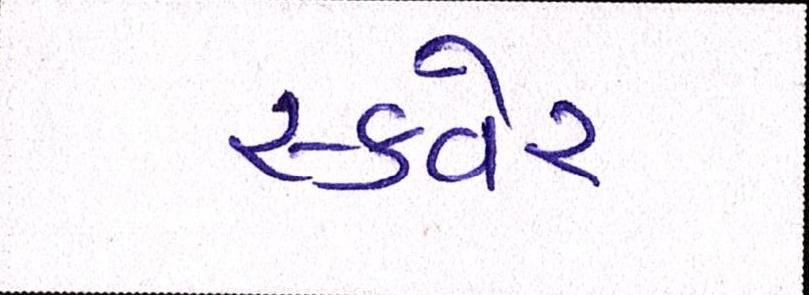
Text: સ્કવેર